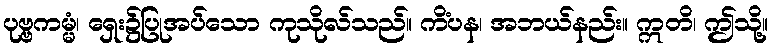
ပုဗ္ဗကမ္မံ၊ ရှေး၌ပြုအပ်သော ကုသိုလ်သည်။ ကိံပန၊ အဘယ်နည်း။ ဣတိ၊ ဤသို့။